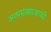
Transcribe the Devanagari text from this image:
अल्पसंख्याकाची